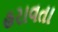
હરાવતા